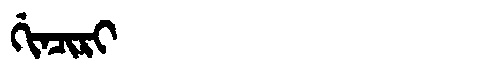
Manchu: ᡤᡳᠨᠴᡳᡵᡳ
Romanization: GINCIRI